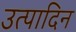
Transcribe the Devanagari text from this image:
उत्पादिन